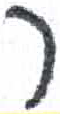
אות: ר